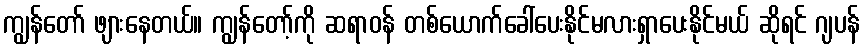
ကျွန်တော် ဖျားနေတယ်။ ကျွန်တော့်ကို ဆရာဝန် တစ်ယောက်ခေါ်ပေးနိုင်မလားရှာပေးနိုင်မယ် ဆိုရင် ဂျပန်